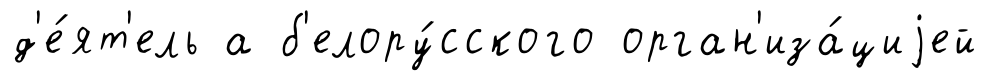
д'е́ят'ель а б'елору́сского орган'иза́циjей